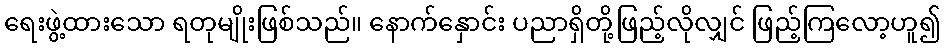
ရေးဖွဲ့ထားသော ရတုမျိုးဖြစ်သည်။ နောက်နှောင်း ပညာရှိတို့ဖြည့်လိုလျှင် ဖြည့်ကြလော့ဟူ၍